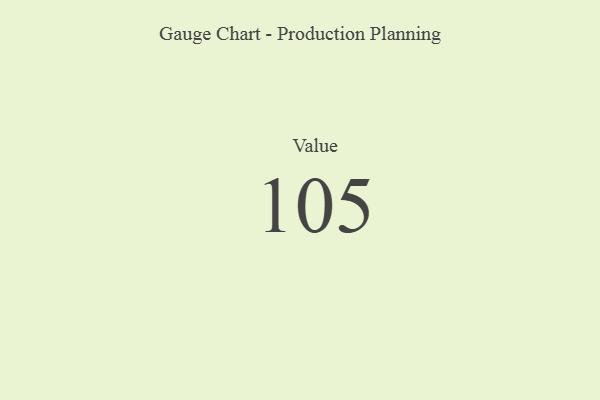
{"axis": {"x": "Metric", "y": "Value"}, "legend": [""], "data": [{"x": "Value", "y": 105, "type": ""}]}